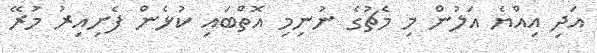
އަދި އިއްޔެ އަލުން މި މެޗުގެ ނުނިމި އޮތްބައި ކުޅެން ފެށިއިރު މުރޭ